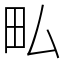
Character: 𤰜